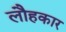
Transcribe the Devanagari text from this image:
लौहकार